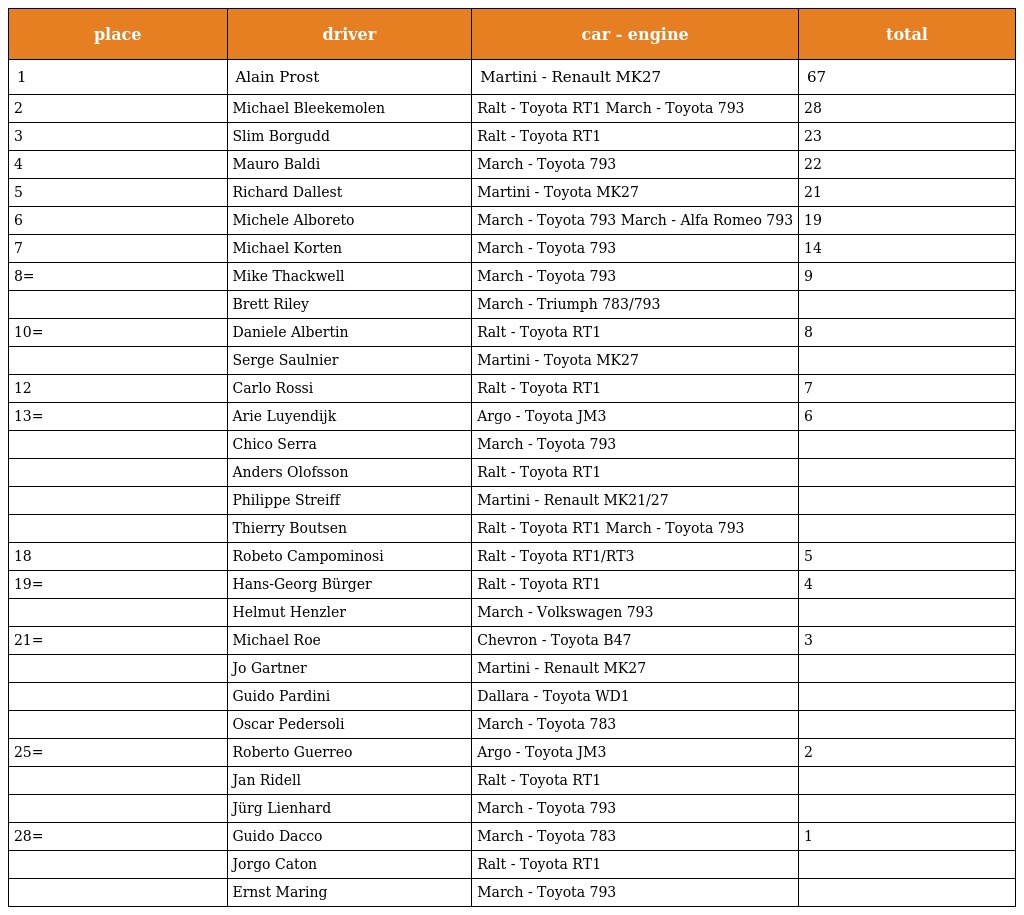
| place | driver | car - engine | total |
 | --- | --- | --- | --- |
 | 1 | Alain Prost | Martini - Renault MK27 | 67 |
 | 2 | Michael Bleekemolen | Ralt - Toyota RT1 March - Toyota 793 | 28 |
 | 3 | Slim Borgudd | Ralt - Toyota RT1 | 23 |
 | 4 | Mauro Baldi | March - Toyota 793 | 22 |
 | 5 | Richard Dallest | Martini - Toyota MK27 | 21 |
 | 6 | Michele Alboreto | March - Toyota 793 March - Alfa Romeo 793 | 19 |
 | 7 | Michael Korten | March - Toyota 793 | 14 |
 | 8= | Mike Thackwell | March - Toyota 793 | 9 |
 |  | Brett Riley | March - Triumph 783/793 |  |
 | 10= | Daniele Albertin | Ralt - Toyota RT1 | 8 |
 |  | Serge Saulnier | Martini - Toyota MK27 |  |
 | 12 | Carlo Rossi | Ralt - Toyota RT1 | 7 |
 | 13= | Arie Luyendijk | Argo - Toyota JM3 | 6 |
 |  | Chico Serra | March - Toyota 793 |  |
 |  | Anders Olofsson | Ralt - Toyota RT1 |  |
 |  | Philippe Streiff | Martini - Renault MK21/27 |  |
 |  | Thierry Boutsen | Ralt - Toyota RT1 March - Toyota 793 |  |
 | 18 | Robeto Campominosi | Ralt - Toyota RT1/RT3 | 5 |
 | 19= | Hans-Georg Bürger | Ralt - Toyota RT1 | 4 |
 |  | Helmut Henzler | March - Volkswagen 793 |  |
 | 21= | Michael Roe | Chevron - Toyota B47 | 3 |
 |  | Jo Gartner | Martini - Renault MK27 |  |
 |  | Guido Pardini | Dallara - Toyota WD1 |  |
 |  | Oscar Pedersoli | March - Toyota 783 |  |
 | 25= | Roberto Guerreo | Argo - Toyota JM3 | 2 |
 |  | Jan Ridell | Ralt - Toyota RT1 |  |
 |  | Jürg Lienhard | March - Toyota 793 |  |
 | 28= | Guido Dacco | March - Toyota 783 | 1 |
 |  | Jorgo Caton | Ralt - Toyota RT1 |  |
 |  | Ernst Maring | March - Toyota 793 |  |